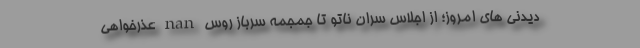
دیدنی های امروز؛ از اجلاس سران ناتو تا جمجمه سرباز روس nan عذرخواهی